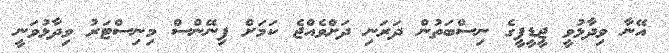
އޭނާ ވިދާޅުވީ ޖީޑީޕީގެ ނިސްބަތުން ދަރަނި ދަށްވެއްޖެ ކަމަށް ފިނޭންސް މިނިސްޓަރު ވިދާޅުވަނީ